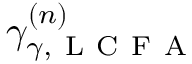
\gamma _ { \gamma , \mathrm { ~ L ~ C ~ F ~ A ~ } } ^ { ( n ) }